Vaccination in Burma 1920-1933 - 1920-1933
Year: 1920
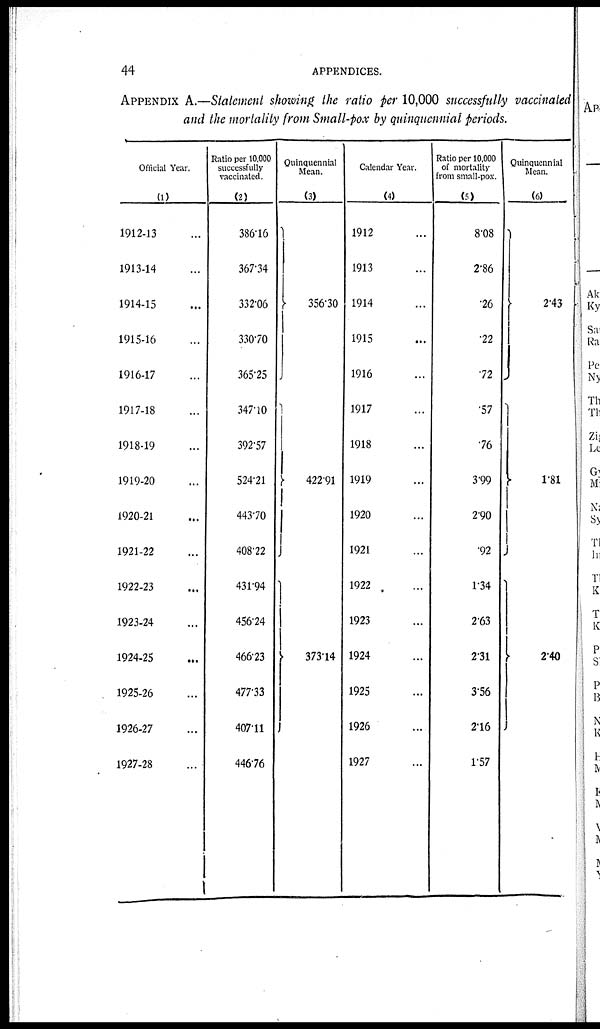
44
APPENDICES.
APPENDIX A.—Statement showing the ratio per 10,000 successfully vaccinated
and the mortality from Small-pox by quinquennial periods.
Official Year.
(1)
1912-13 ...
1913-14 ...
1914-15 ...
1915-16 ...
1916-17 ...
1917-18 ...
1918-19 ...
1919-20 ...
1920-21 ...
1921-22 ...
1922-23 ...
1923-24 ...
1924-25 ...
1925-26 ...
1926-27 ...
1927-28 ...
Ratio per 10,000
successfully
vaccinated.
(2)
386.16
367.34
332.06
330.70
365.25
347.1
392.57
524.21
443.70
408.22
431.94
456.24
466.23
477.33
407.11
446.76
Quinquennial
Mean.
(3)
356.30
422.91
373.14
Calendar Year.
(4)
1912 ...
1913 ...
1914 ...
1915 ...
1916 ...
1917 ...
1918 ...
1919 ...
1920 ...
1921 ...
1922 ...
1923 ...
1924 ...
1925 ...
1926 ...
1927 ...
Ratio per 10,000
of mortality
from small-pox.
(5)
8.08
2.86
.26
.22
.72
.57
.76
3.99
2.90
.92
1.34
2.63
2.31
3.56
2.16
1.57
Quinquennial
Mean.
(6)
2.43
1.81
2.40